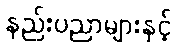
နည်းပညာများနှင့်